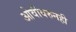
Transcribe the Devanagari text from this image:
ओवीवरुनही